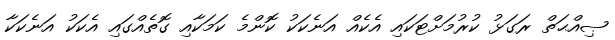
ޞިއްޙަތް ރަގަޅު ކުރުމަށްޓަކައި އެކެއް އަނެކަކު ކޮންމެ ކަމަކާއި ގޮތެއްގައި އެކަކު އަނެކަކާ